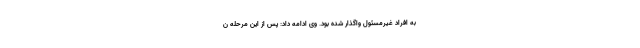
به افراد غیرمسئول واگذار شده بود. وی ادامه داد: پس از این مرحله ن